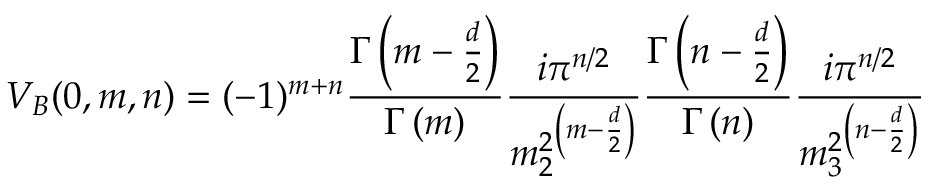
V _ { B } ( 0 , m , n ) = ( - 1 ) ^ { m + n } \frac { \Gamma \left( m - \frac { d } { 2 } \right) } { \Gamma \left( m \right) } \frac { i \pi ^ { n / 2 } } { { m _ { 2 } ^ { 2 } } ^ { \left( m - \frac { d } { 2 } \right) } } \frac { \Gamma \left( n - \frac { d } { 2 } \right) } { \Gamma \left( n \right) } \frac { i \pi ^ { n / 2 } } { { m _ { 3 } ^ { 2 } } ^ { \left( n - \frac { d } { 2 } \right) } }